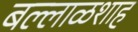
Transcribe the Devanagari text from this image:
बल्लाळशाह